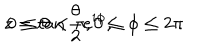
z = \tan \frac { \theta } { 2 } e ^ { i \phi } , \hspace { . 5 i n } 0 \leq \theta < \pi , 0 \leq \phi \leq 2 \pi